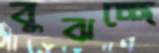
বুঝচ্ছে